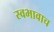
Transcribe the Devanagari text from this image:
स्वभावाच